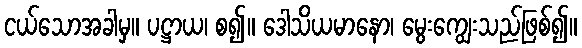
ငယ်သောအခါမှ။ ပဋ္ဌာယ၊ စ၍။ ဒေါသိယမာနော၊ မွေးကျွေးသည်ဖြစ်၍။